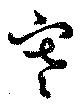
寒